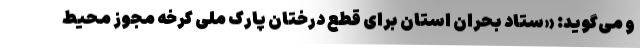
و می‌گوید: «ستاد بحران استان برای قطع درختان پارک ملی کرخه مجوز محیط‌